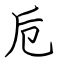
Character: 卮